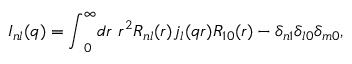
{ \cal I } _ { n l } ( q ) = { \int } _ { 0 } ^ { \infty } d r \ r ^ { 2 } R _ { n l } ( r ) j _ { l } ( q r ) R _ { 1 0 } ( r ) - \delta _ { n 1 } \delta _ { l 0 } \delta _ { m 0 } ,